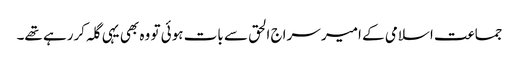
جماعت اسلامی کے امیر سراج الحق سے بات ہوئی تو وہ بھی یہی گلہ کررہے تھے۔